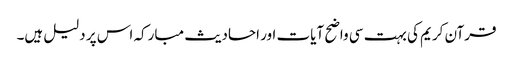
قرآن کریم کی بہت سی واضح آیات اور احادیث مبارکہ اس پر دلیل ہیں۔